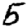
Digit: 5